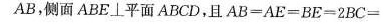
AB，侧面ABE⊥平面ABCD，且$$A B = A E = B E = 2 B C =